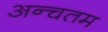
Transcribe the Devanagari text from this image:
अन्चतम